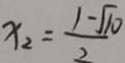
x _ { 2 } = \frac { 1 - \sqrt { 1 0 } } { 2 }